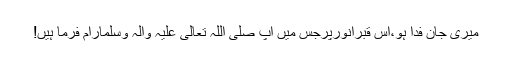
میری جان فِدا ہو،اُس قبرِانورپرجس میں آپ صَلَّی اللّٰہُ تَعَالٰی عَلَیْہِ واٰلِہٖ وَسَلَّمَآرام فرما ہیں!